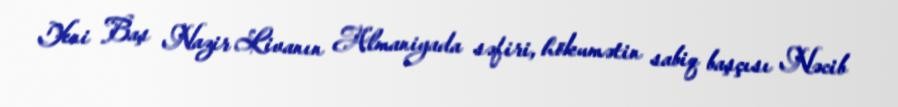
Yeni Baş Nazir Livanın Almaniyada səfiri, hökumətin sabiq başçısı Nəcib